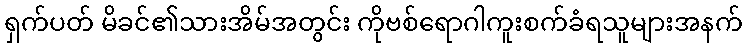
ရှက်ပတ် မိခင်၏သားအိမ်အတွင်း ကိုဗစ်ရောဂါကူးစက်ခံရသူများအနက်